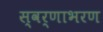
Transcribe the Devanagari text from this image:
स्वर्णाभरण